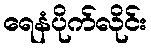
ရေနံပိုက်လိုင်း